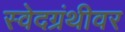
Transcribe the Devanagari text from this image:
स्वेदग्रंथीवर